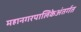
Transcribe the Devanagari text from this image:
महानगरपालिकेअंतर्गत